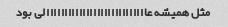
مثل همیشه عاااااااااااااااااااااااااااالی بود